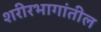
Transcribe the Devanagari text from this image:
शरीरभागांतील